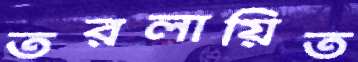
তরলায়িত